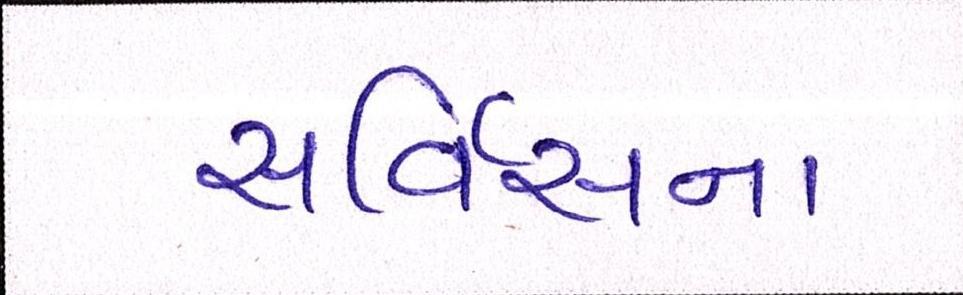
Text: સર્વિસના